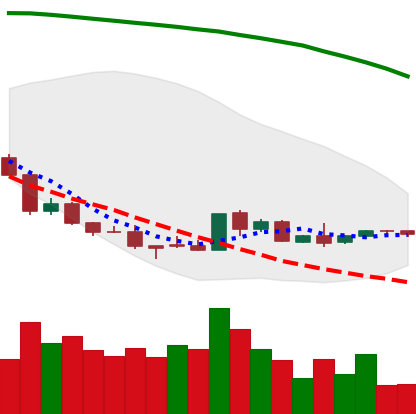
Ticker: EOS-USD
Chart end date: 2018-08-26
Forward return: 29.723%
Label: up_7plus